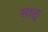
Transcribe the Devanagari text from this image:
साऌ